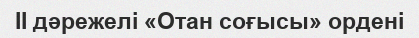
ІІ дәрежелі «Отан соғысы» ордені